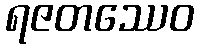
ရဇတဿေဝ